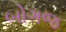
બોગજ